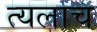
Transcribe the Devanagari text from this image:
त्यलाच